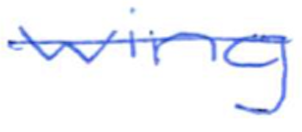
Text: wing
Cross-out: single-line
Writing tool: ballpoint